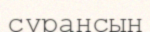
сұрансын